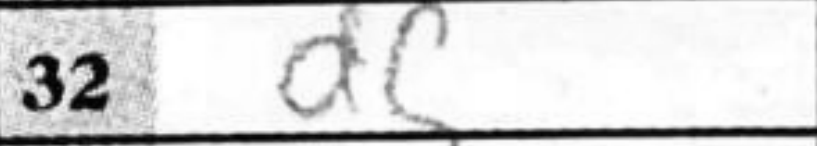
Transcription: d5